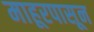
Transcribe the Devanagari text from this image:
माहूरपासून